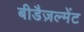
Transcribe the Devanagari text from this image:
बीडैज़ल्मेंट